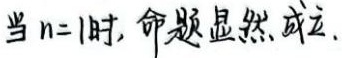
当\(n = 1\)时, 命题显然成立.